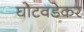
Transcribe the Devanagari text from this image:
घोटवडेकर